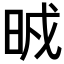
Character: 𣆒